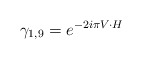
\begin{align*}\gamma _{1,9}= e^{-2i\pi V \cdot H }\end{align*}